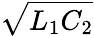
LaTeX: \sqrt{L_{1}C_{2}}